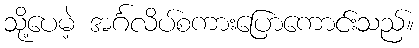
သို့ပေမဲ့ အင်္ဂလိပ်စကားပြောကောင်းသည်။